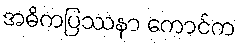
အဓိကပြဿနာ ကောင်က